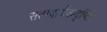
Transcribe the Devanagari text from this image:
सत्पदार्थैकदृष्टिः